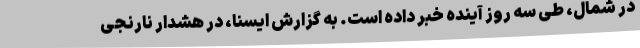
در شمال، طی سه روز آینده خبر داده است. به گزارش ایسنا، در هشدار نارنجی